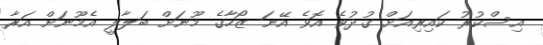
އިސްކުރު ކައިރިއަށް ގުދުވެ އޮވެ އޭނަ ޒޯހާގެ މޫނަށް ބަލާލީ އެމޫނަށް އަރާ